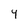
Character: 4